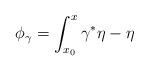
LaTeX: \begin{align*}\phi_\gamma =\int_{x_0}^x \gamma^*\eta-\eta\end{align*}